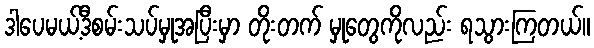
ဒါပေမယ့်ဒီစမ်းသပ်မှုအပြီးမှာ တိုးတက် မှုတွေကိုလည်း ရသွားကြတယ်။